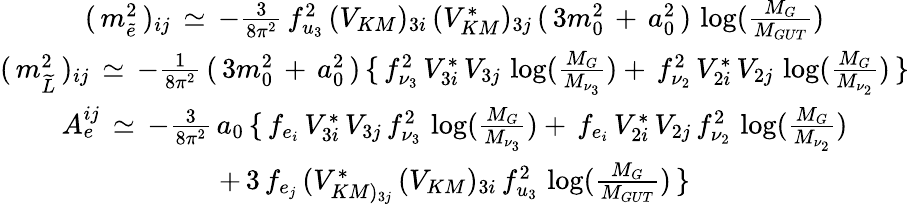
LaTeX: \begin{array}{c}{{(\, m_{\widetilde{e}}^{2}\, )_{ij}\, \simeq\, -\frac{3}{8\pi^{2}}\, f_{u_{3}}^{2}\, (V_{KM})_{3i}\, (V_{KM}^{*})_{3j}\, (\, 3m_{0}^{2}\, +\, a_{0}^{2}\, )\, \log(\frac{M_{G}}{M_{GUT}})}}\\ {{(\, m_{\widetilde{L}}^{2}\, )_{ij}\, \simeq\, -\frac{1}{8\pi^{2}}\, (\, 3m_{0}^{2}\, +\, a_{0}^{2}\, )\, \{ \, f_{\nu_{3}}^{2}\, V_{3i}^{*}\, V_{3j}\, \log(\frac{M_{G}}{M_{\nu_{3}}})+\, f_{\nu_{2}}^{2}\, V_{2i}^{*}\, V_{2j}\, \log(\frac{M_{G}}{M_{\nu_{2}}})\, \} }}\\ {{A_{e}^{ij}\, \simeq\, -\frac{3}{8\pi^{2}}\, a_{0}\, \{ \, f_{e_{i}}\, V_{3i}^{*}\, V_{3j}\, f_{\nu_{3}}^{2}\, \log(\frac{M_{G}}{M_{\nu_{3}}})+\, f_{e_{i}}\, V_{2i}^{*}\, V_{2j}\, f_{\nu_{2}}^{2}\, \log(\frac{M_{G}}{M_{\nu_{2}}})}}\\ {{+\, 3\, f_{e_{j}}\, (V_{KM)_{3j}}^{*}\, (V_{KM})_{3i}\, f_{u_{3}}^{2}\, \log(\frac{M_{G}}{M_{GUT}})\, \} }}\end{array}